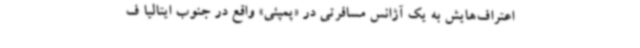
اعتراف‌هایش به یک آژانس مسافرتی در «پمپئی» واقع در جنوب ایتالیا ف